Vaccination in the Punjab 1919-1929 - 1919-1929
Year: 1919
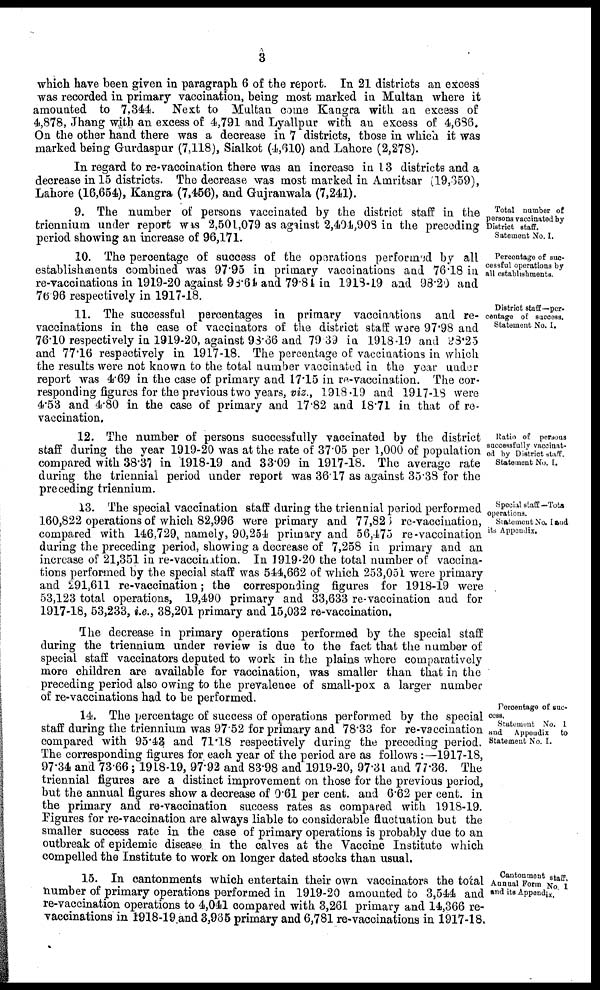
3
which have been given in paragraph 6 of the report. In 21 districts an excess
was recorded in primary vaccination, being most marked in Multan where it
amounted to 7,344. Next to Multan come Kangra with an excess of
4,878, Jhang with an excess of 4,791 and Lyallpur with an excess of 4,686.
On the other hand there was a decrease in 7 districts, those in which it was
marked being Gurdaspur (7,118), Sialkot (4,610) and Lahore (2,278).
In regard to re-vaccination there was an increase in 13 districts and a
decrease in 15 districts. The decrease was most marked in Amritsar (19,359),
Lahore (16,654), Kangra (7,456), and Gujranwala (7,241).
Total number of
persons vaccinated by
District staff.
Satement No. I.
9. The number of persons vaccinated by the district staff in the
triennium under report was 2,501,079 as against 2,404,903 in the preceding
period showing an increase of 96,171.
Percentage of suc-
cessful operations by
all establishments.
10. The percentage of success of the operations performed by all
establishments combined was 97.95 in primary vaccinations and 76.18 in
re-vaccinations in 1919-20 against 98.64 and 79.84 in 1918-19 and 98.20 and
76.96 respectively in 1917-18.
District staff—per-
centage of success.
Statemont No. I.
11. The successful percentages in primary vaccinations and re-
vaccinations in the case of vaccinators of the district staff were 97.98 and
76.10 respectively in 1919-20, against 98.66 and 79.39 in 1918-19 and 98.25
and 77'16 respectively in 1917-18. The percentage of vaccinations in which
the results were not known to the total number vaccinated in the year under
report was 4. 69 in the case of primary and 17.15 in re-vaccination. The cor-
responding figures for the previous two years, viz., 1918-19 and 1917-18 were
4.53 and 4.80 in the case of primary and 17.82 and 18.71 in that of re-
vaccination.
Ratio of persons
successfully vaccinat-
ed by District staff.
Statement No. I.
12. The number of persons successfully vaccinated by the district
staff during the year 1919-20 was at the rate of 37.05 per 1,000 of population
compared with 38.37 in 1918-19 and 33.09 in 1917-18. The average rate
during the triennial period under report was 36.17 as against 35.38 for the
preceding triennium.
Special staff—Tota
operations.
Statement No. I and
its Appendix.
13. The special vaccination staff during the triennial period performed
160,822 operations of which 82,996 were primary and 77,825 re-vaccination,
compared with 146,729, namely, 90,254 primary and 56,475 re-vaccination
during the preceding period, showing a decrease of 7,258 in primary and an
increase of 21,351 in re-vaccination. In 1919-20 the total number of vaccina-
tions performed by the special staff was 544,662 of which 253,051 were primary
and 291,611 re-vaccination; the corresponding figures for 1918-19 were
53,123 total operations, 19,490 primary and 33,633 re-vaccination and for
1917-18, 53,233, i.e., 38,201 primary and 15,032 re-vaccination.
The decrease in primary operations performed by the special staff
during the triennium under review is due to the fact that the number of
special staff vaccinators deputed to work in the plains where comparatively
more children are available for vaccination, was smaller than that in the
preceding period also owing to the prevalence of small-pox a larger number
of re-vaccinations had to be performed.
Percentage of suc-
cess.
Statement No. 1
and
Appendix
to
Statement No. I.
14. The percentage of success of operations performed by the special
staff during the triennium was 97.52 for primary and 78.33 for re-vaccination
compared with 95.43 and 71.18 respectively during the preceding period.
The corresponding figures for each year of the period are as follows :—1917-18,
97.34 and 73.66; 1918-19, 97.92 and 83.98 and 1919-20, 97.31 and 77.36. The
triennial figures are a distinct improvement on those for the previous period,
but the annual figures show a decrease of 0.61 per cent. and 6.62 per cent. in
the primary and re-vaccination success rates as compared with 1918-19.
Figures for re-vaccination are always liable to considerable fluctuation but the
smaller success rate in the case of primary operations is probably due to an
outbreak of epidemic disease in the calves at the Vaccine Institute which
compelled the Institute to work on longer dated stocks than usual.
Cantonment staff.
Annual Form No.1
and its Appendix.
15. In cantonments which entertain their own vaccinators the total
number of primary operations performed in 1919-20 amounted to 3,544 and
re-vaccination operations to 4,041 compared with 3,261 primary and 14,366 re-
vaccinations in 1918-19 and 3,965 primary and 6,781 re-vaccinations in 1917-18.